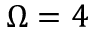
\Omega = 4